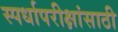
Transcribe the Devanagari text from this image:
स्पर्धापरीक्षांसाठी